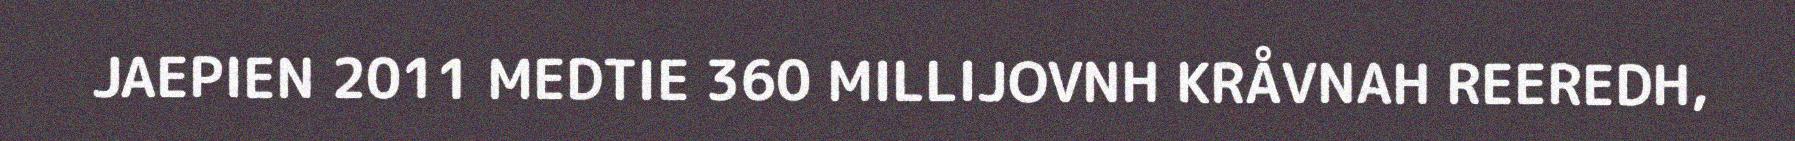
JAEPIEN 2011 MEDTIE 360 MILLIJOVNH KRÅVNAH REEREDH,